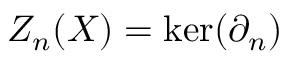
Z _ { n } ( X ) = \ker ( \partial _ { n } )